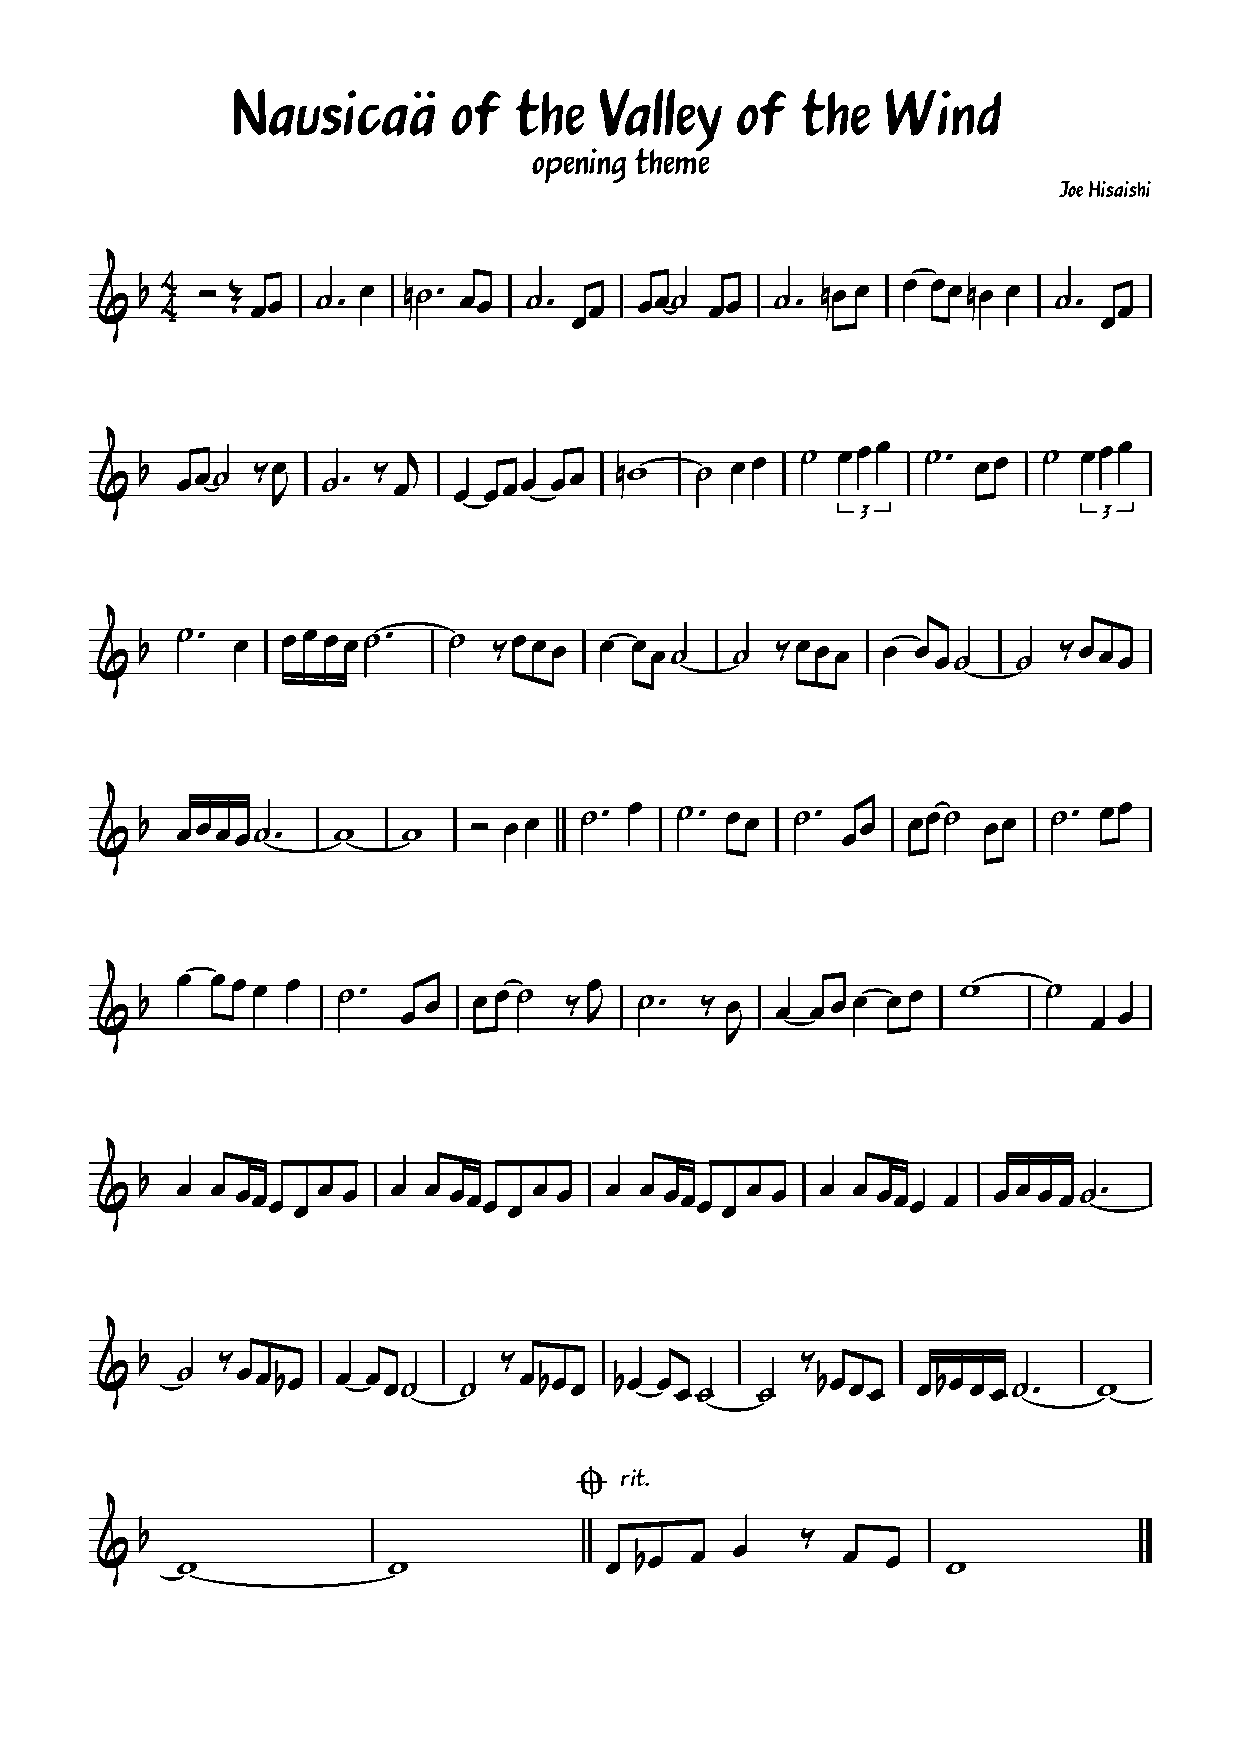
Nausicaä       of  the   Valley   of  the   Wind
 opening theme
 Joe Hisaishi
 &  ! ’ ’ ) * %% $- % "$- %%  $-  %  %%$  %%  $- "% %  % %%"% %  $-  %
 %                                  %
 &  !  %%$  (%  $-  ( %,
 %
 %%% %%   "#   $ % %  $ %3%%  $- %%   $ %3%%
 +
 &  !  $- %   % % % %$-  $  (%%%   % % %$  $  (%%%   %  % %$  $  (%%%
 &  !  %%%%$-    #    #   ) % %  $-  %  $- %%   $- %%  %%$  %%   $- %%
 &  !  % % % % % $-   % % % % $ ( % + $- ( %  %  % % % % % #    $  % %
 +
 &  !  % % %%%
 %
 % %  % % %%%
 %
 % %  % % %%%
 %
 % %  % % %%% %   % % % % $-
 !    (                  (                   (
 &     $   %%!%  % % %$  $   %!%%   !% % % $ $   !%%%   %!% % %$-   #
 !  rit.
 !                                           (
 &     #             #             % !%  %  %      %  %   #